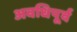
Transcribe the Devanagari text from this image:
अवधिपूर्व